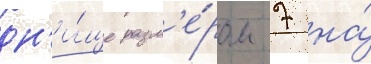
дн'и́ще разм'е́ром 7 на́